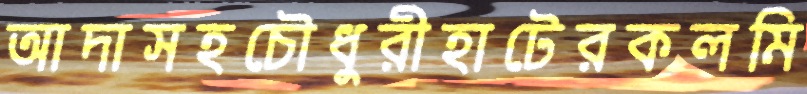
আদাসহচৌধুরীহাটেরকলমি